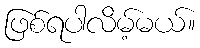
ဖြစ်ရပါလိမ့်မယ်။